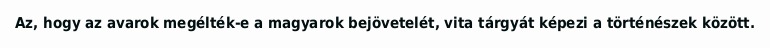
Az, hogy az avarok megélték-e a magyarok bejövetelét, vita tárgyát képezi a történészek között.